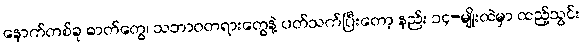
နောက်တစ်ခု ဓာတ်တွေ၊ သဘာဝတရားတွေနဲ့ ပတ်သက်ပြီးတော့ နည်း ၁၄-မျိုးထဲမှာ ထည့်သွင်း